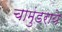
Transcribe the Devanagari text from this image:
चामुंडराये